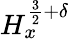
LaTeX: H_{x}^{\frac{3}{2}+\delta}